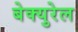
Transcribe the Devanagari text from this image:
बेक्युरेल